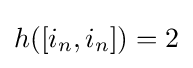
h([i_{n},i_{n}])=2